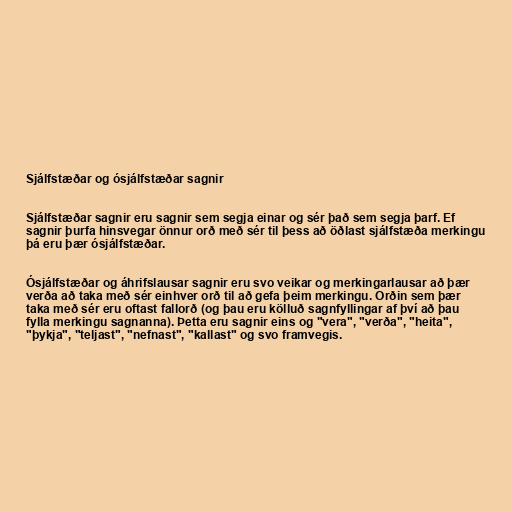
Sjálfstæðar og ósjálfstæðar sagnir

Sjálfstæðar sagnir eru sagnir sem segja einar og sér það sem segja þarf. Ef
sagnir þurfa hinsvegar önnur orð með sér til þess að öðlast sjálfstæða merkingu
þá eru þær ósjálfstæðar.

Ósjálfstæðar og áhrifslausar sagnir eru svo veikar og merkingarlausar að þær
verða að taka með sér einhver orð til að gefa þeim merkingu. Orðin sem þær
taka með sér eru oftast fallorð (og þau eru kölluð sagnfyllingar af því að þau
fylla merkingu sagnanna). Þetta eru sagnir eins og "vera", "verða", "heita",
"þykja", "teljast", "nefnast", "kallast" og svo framvegis.